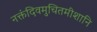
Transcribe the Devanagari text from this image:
नक्तंदिवमुचितमीशानि